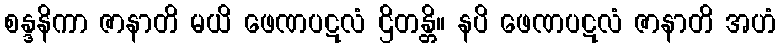
စန္ဒနိကာ ဇာနာတိ မယိ ဖေဏပဋလံ ဌိတန္တိ။ နပိ ဖေဏပဋလံ ဇာနာတိ အဟံ